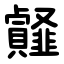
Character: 䪥